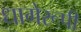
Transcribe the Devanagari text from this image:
धागेरूपी